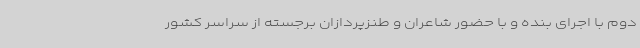
دوم با اجرای بنده و با حضور شاعران و طنزپردازان برجسته از سراسر کشور